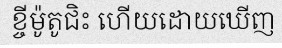
ខ្ចីម៉ូតូជិះ ហើយដោយឃើញ